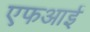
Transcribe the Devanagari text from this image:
एफआई